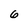
Character: 6